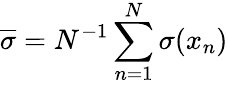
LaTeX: \overline{\sigma}=N^{-1}\sum_{n=1}^{N}\sigma(x_{n})